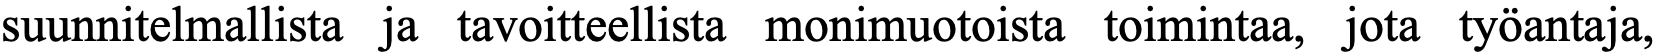
suunnitelmallista ja tavoitteellista monimuotoista toimintaa, jota työantaja,